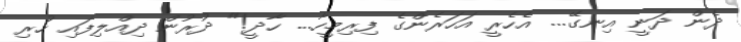
ދެން ދަނީ އިނގޭ... އެހެރީ އަހަރެންގެ ފިރިމީހާ... ހާދީ!" ދުރުން ދިއްލިފައި ހުރި